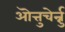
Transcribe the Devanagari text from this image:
ऒत्तुचेर्न्नु